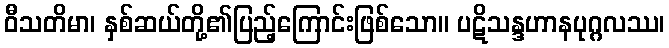
ဝီသတိမာ၊ နှစ်ဆယ်တို့၏ပြည့်ကြောင်းဖြစ်သော။ ပဋိသန္ဒဟာနပုဂ္ဂလဿ၊